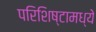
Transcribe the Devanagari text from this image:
परिशिष्टामध्ये